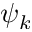
\psi _ { k }